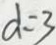
d = 3